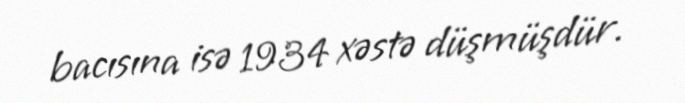
bacısına isə 1934 xəstə düşmüşdür.